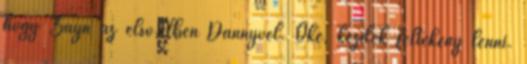
hogy Zayn az első.élben Dannyvel. Oké, kezdek féltékeny lenni.